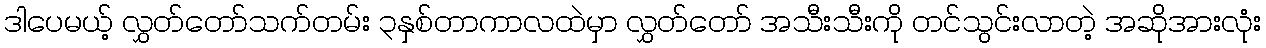
ဒါပေမယ့် လွှတ်တော်သက်တမ်း ၃နှစ်တာကာလထဲမှာ လွှတ်တော် အသီးသီးကို တင်သွင်းလာတဲ့ အဆိုအားလုံး